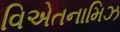
વિએતનામિઝ